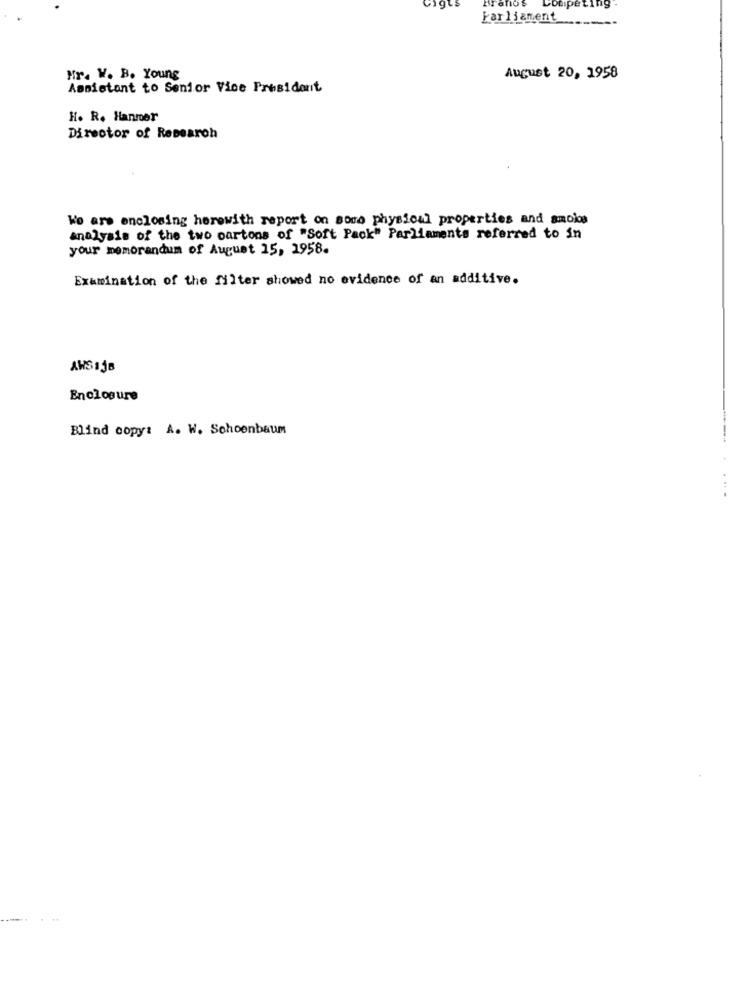
Cigts
Brand's
ing
Parliament
Hr. W. B. Young
August 20, 1958
Assistant to Senior Vice President
H. R. Hanmer
Director of Research
We are enclosing herewith report on sera physical properties and amoins
analysis of the two cartons of "Soft Pack" Parliaments referred to in
your memorandum of August 15, 1958.
Examination of the filter showed no evidence of an additive.
AWSEjB
Enclosure
Blind copy: A. W. Schoenbaum
...